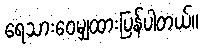
ရေသားဝေမျှထားပြန်ပါတယ်။